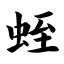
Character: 蛭